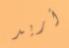
أريد